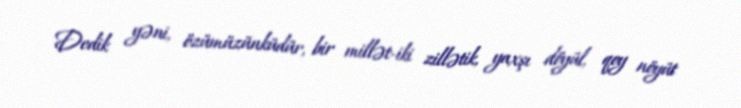
Dedik yəni, özümüzünküdür, bir millət-iki zillətik, yaxşı döyül, qoy nöyüt